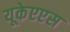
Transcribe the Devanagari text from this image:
यूकेएएस